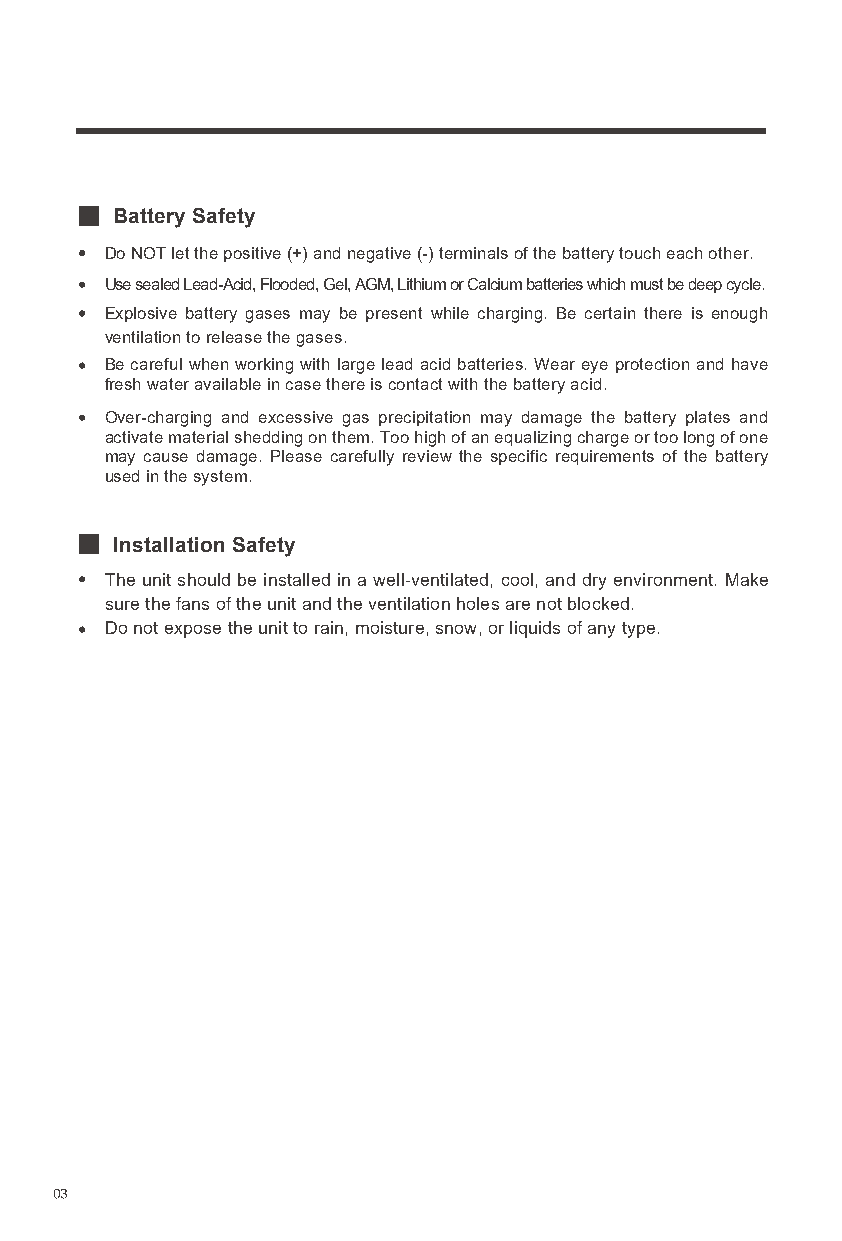
Battery Safety
 Do NOT let the positive (+) and negative (-) terminals of the battery touch each other.
 Use sealed Lead-Acid, Flooded, Gel, AGM, Lithium or Calcium batteries which must be deep cycle.
 Explosive battery gases may be present while charging. Be certain there is enough
 ventilation to release the gases.
 Be careful when working with large lead acid batteries. Wear eye protection and have
 fresh water available in case there is contact with the battery acid.
 Over-charging and excessive gas precipitation may damage the battery plates and
 activate material shedding on them. Too high of an equalizing charge or too long of one
 may cause damage. Please carefully review the specific requirements of the battery
 used in the system.
 Installation Safety
 The unit should be installed in a well-ventilated, cool, and dry environment. Make
 sure the fans of the unit and the ventilation holes are not blocked.
 Do not expose the unit to rain, moisture, snow, or liquids of any type.
 03